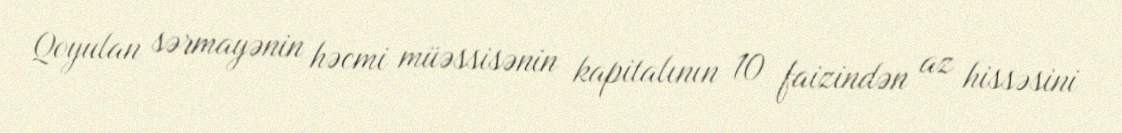
Qoyulan sərmayənin həcmi müəssisənin kapitalının 10 faizindən az hissəsini